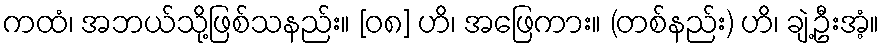
ကထံ၊ အဘယ်သို့ဖြစ်သနည်း။ [၀၈] ဟိ၊ အဖြေကား။ (တစ်နည်း) ဟိ၊ ချဲ့ဦးအံ့။